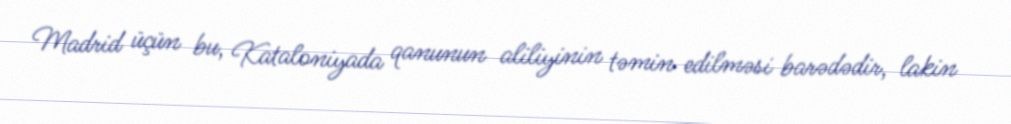
Madrid üçün bu, Kataloniyada qanunun aliliyinin təmin edilməsi barədədir, lakin